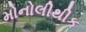
મોનોલીથીક